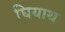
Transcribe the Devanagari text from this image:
घियाथ